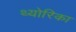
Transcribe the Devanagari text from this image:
थ्योरिका